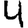
Digit: 4